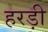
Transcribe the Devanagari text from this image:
हरड़ी